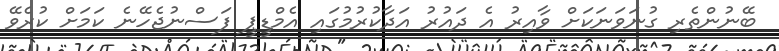
ބޭނުންތެރި ގުނަވަނަކަށް ވާއިރު އެ ދައުރު އަދާކުރުމުގައި އެމްޑީޕީ ފަސްނުޖެހޭނެ ކަމަށް ކުރެވޭ